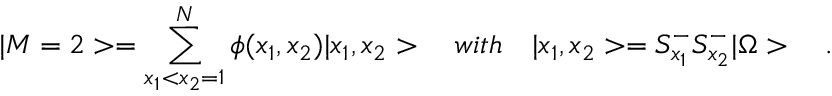
| M = 2 > = \sum _ { x _ { 1 } < x _ { 2 } = 1 } ^ { N } \phi ( x _ { 1 } , x _ { 2 } ) | x _ { 1 } , x _ { 2 } > \quad w i t h \quad | x _ { 1 } , x _ { 2 } > = S _ { x _ { 1 } } ^ { - } S _ { x _ { 2 } } ^ { - } | \Omega > \quad .